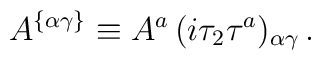
A^{\{\alpha\gamma\}}\equiv {A}^a \,({i\tau_2\tau^a})_{\alpha\gamma}\, .